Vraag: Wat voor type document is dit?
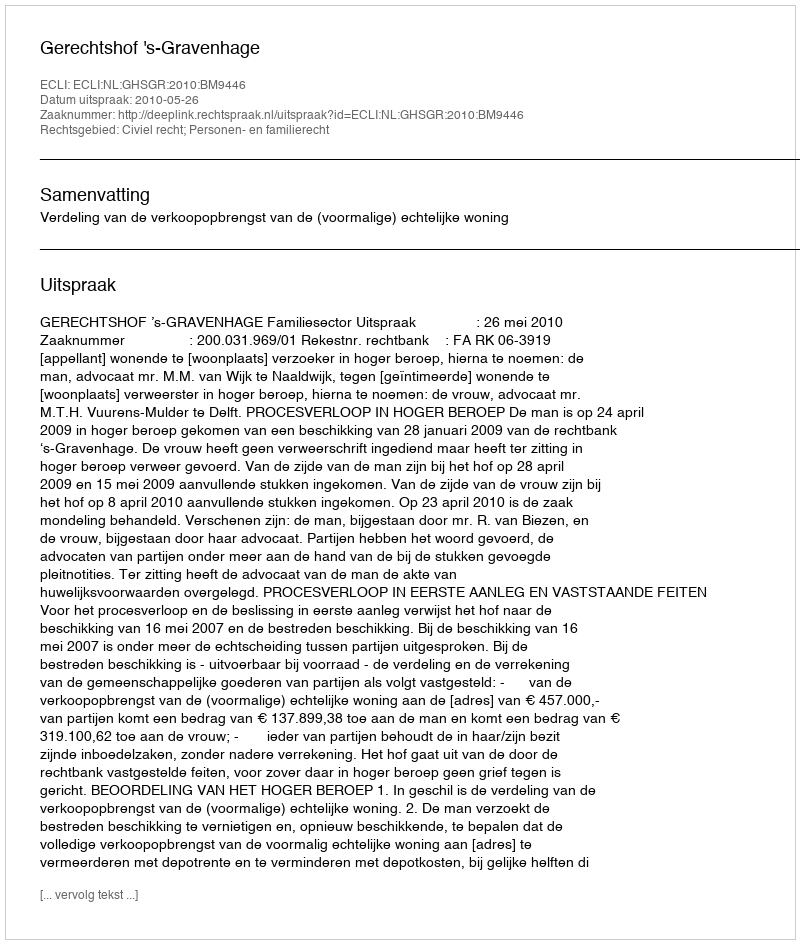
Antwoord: Uitspraak